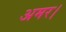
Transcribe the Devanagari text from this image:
अमर।